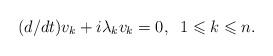
LaTeX: \begin{align*}(d/dt)v_k+i\lambda_k v_k=0, \;\; 1\leqslant k\leqslant n.\end{align*}